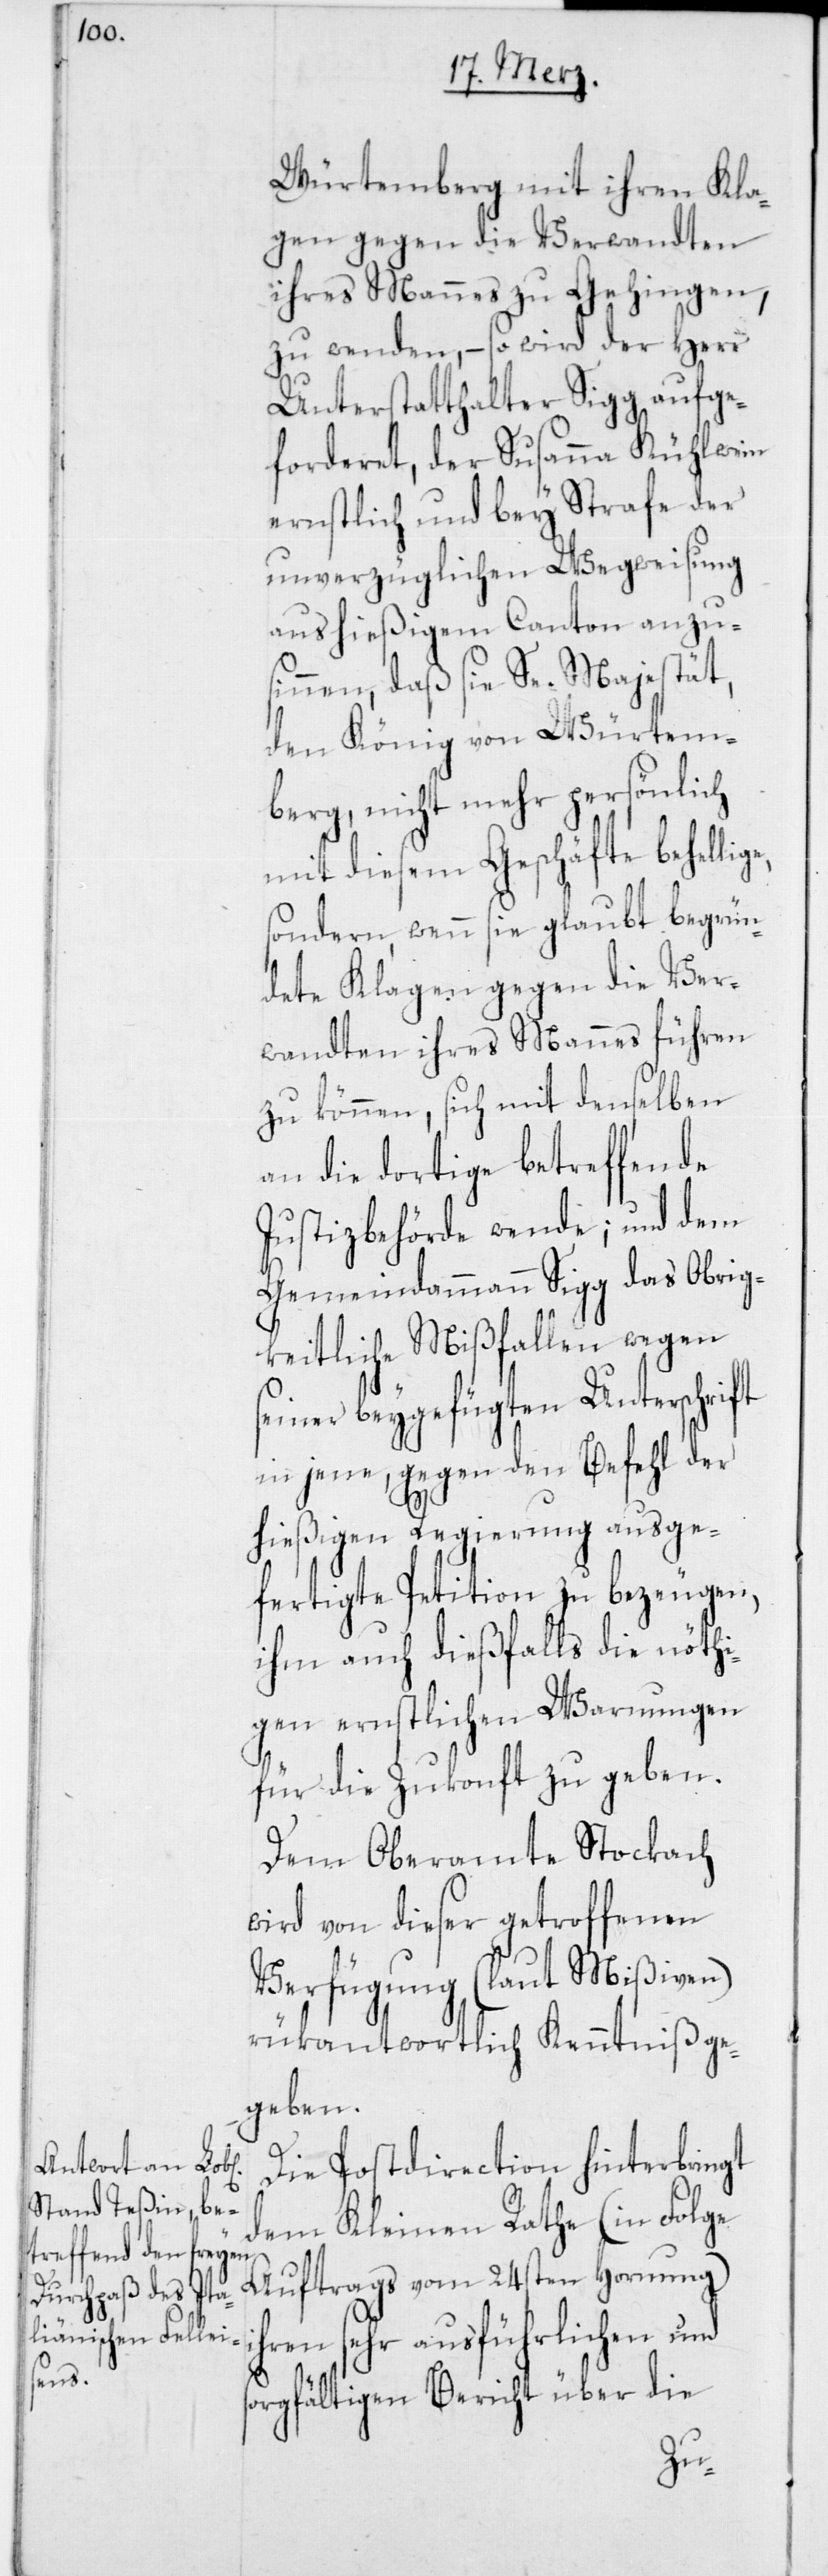
Würtemberg mit ihren Kla¬
gen gegen die Verwandten
ihres Mannes zu Gehingen,
zu wenden, – so wird der Herr
Unterstatthalter Sigg aufge¬
forderet, der Susanna Kühlwein
ernstlich und bey Strafe der
unverzüglichen Wegweisung
aus hießigem Canton anzu¬
sinnen, daß sie Se. Majestät,
den König von Würtem¬
berg, nicht mehr persönlich
mit diesem Geschäfte behelli¬
sondern, wenn sie glaubt begrün¬
dete Klagen gegen die Ver¬
wandten ihres Mannes führen
zu können, sich mit denselben
an die dortige betreffende
Justizbehörde wende; und dem
Gemeindammann Sigg das Obrig¬
keitliche Mißfallen wegen
seiner beygefügten Unterschrift
in jene, gegen den Befehl der
hießigen Regierung ausge¬
fertigte Petition zu bezeugen,
ihm auch dießfalls die nöthi¬
gen ernstlichen Warnungen
für die Zukonft zu geben.
Dem Oberamte Stockach
wird von dieser getroffenen
Verfügung (laut Mißiven)
rükantwortlich Kenntniß ge¬
geben.
Die Postdirection hinterbringt
dem Kleinen Rathe (in Folge
Auftrags vom 24sten Hornung)
hren sehr ausführlichen und
s¬
orgfältigen Bericht über die
i¬